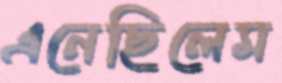
এনেছিলেম